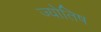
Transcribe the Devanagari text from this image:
ज्योतिष